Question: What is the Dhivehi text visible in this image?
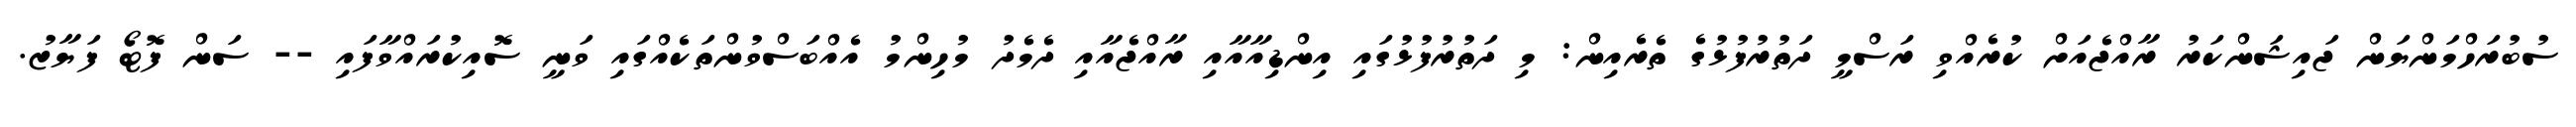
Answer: ސުބުރަހްމަންޔަން ޖައިޝަންކަރު ރާއްޖެއަށް ކުރެއްވި ރަސްމީ ދަތުރުފުޅުގެ ތެރެއިން: މި ދަތުރުފުޅުގައި އިންޑިއާއާއި ރާއްޖެއާއި ދެމެދު މުހިންމު އެއްބަސްވުންތަކެއްގައި ވަނީ ސޮއިކުރައްވާފައި -- ސަން ފޮޓޯ ފަޔާޒު.